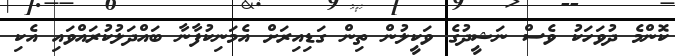
ކޮންމެ ދުވަހަކު ވެސް ނަޝީދުގެ ވަކީލުން ތިން ގަޑިއިރަށް އެމަނިކުފާނާ ބައްދަލުކުރައްވައި އެކި